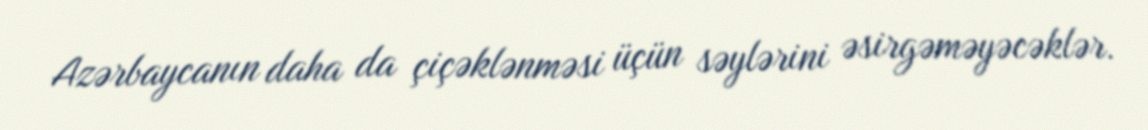
Azərbaycanın daha da çiçəklənməsi üçün səylərini əsirgəməyəcəklər.